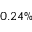
0 . 2 4 \%